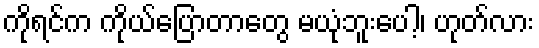
ကိုရင်က ကိုယ်ပြောတာတွေ မယုံဘူးပေါ့၊ ဟုတ်လား